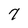
Character: 7